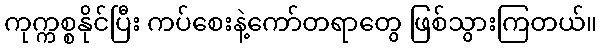
ကုက္ကစ္စနိုင်ပြီး ကပ်စေးနဲ့ကော်တရာတွေ ဖြစ်သွားကြတယ်။